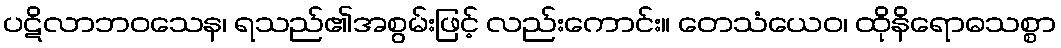
ပဋိလာဘဝသေန၊ ရသည်၏အစွမ်းဖြင့် လည်းကောင်း။ တေသံယေဝ၊ ထိုနိရောဓသစ္စာ